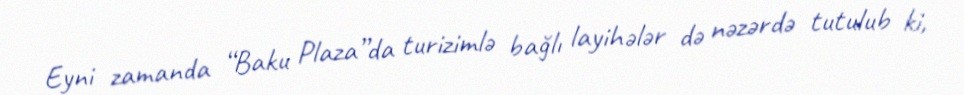
Eyni zamanda “Baku Plaza”da turizimlə bağlı layihələr də nəzərdə tutulub ki,